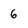
Character: 6